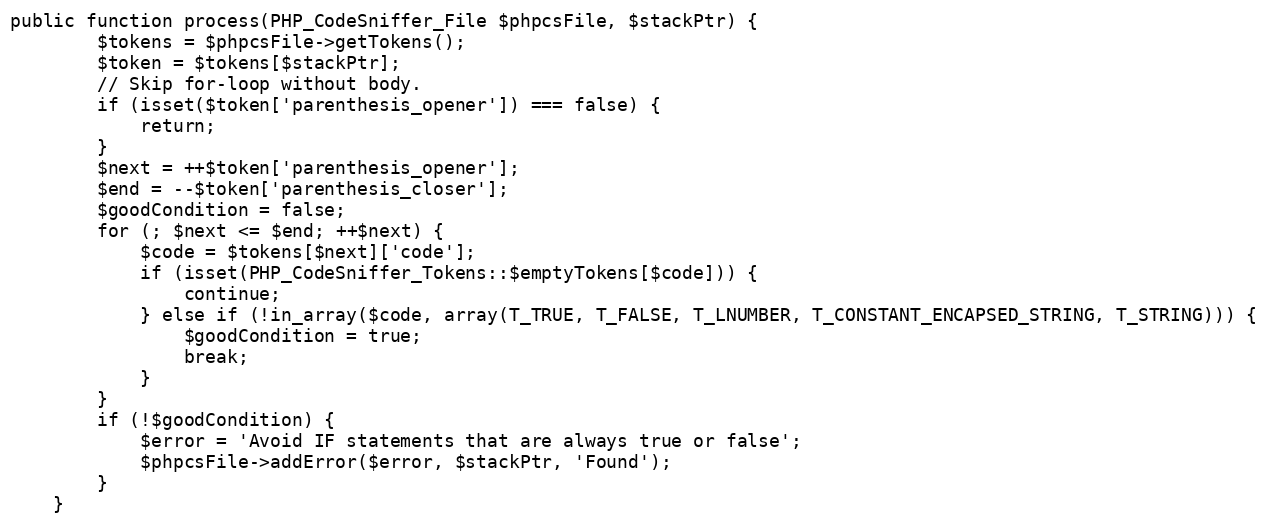
Language: PHP
public function process(PHP_CodeSniffer_File $phpcsFile, $stackPtr) {
		$tokens = $phpcsFile->getTokens();
		$token = $tokens[$stackPtr];
		// Skip for-loop without body.
		if (isset($token['parenthesis_opener']) === false) {
			return;
		}
		$next = ++$token['parenthesis_opener'];
		$end = --$token['parenthesis_closer'];
		$goodCondition = false;
		for (; $next <= $end; ++$next) {
			$code = $tokens[$next]['code'];
			if (isset(PHP_CodeSniffer_Tokens::$emptyTokens[$code])) {
				continue;
			} else if (!in_array($code, array(T_TRUE, T_FALSE, T_LNUMBER, T_CONSTANT_ENCAPSED_STRING, T_STRING))) {
				$goodCondition = true;
				break;
			}
		}
		if (!$goodCondition) {
			$error = 'Avoid IF statements that are always true or false';
			$phpcsFile->addError($error, $stackPtr, 'Found');
		}
	}